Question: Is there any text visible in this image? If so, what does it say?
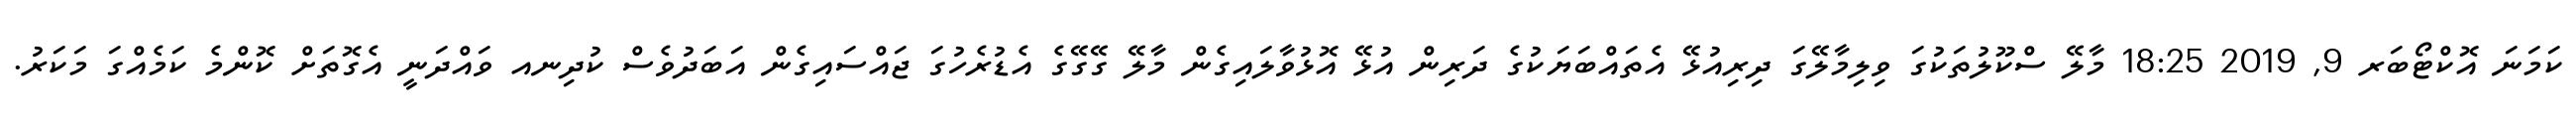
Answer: ކަމަނަ އޮކްޓޯބަރ 9, 2019 18:25 މާލޭ ސްކޫލުތަކުގަ ވިލިމާލޭގަ ދިރިއުޅޭ އެތައްބަޔަކުގެ ދަރިން އުޅޭ އޮޅުވާލައިގެން މާލޭ ގޭގޭގެ އެޑުރެހުގަ ޖައްސައިގެން އަބަދުވެސް ކުދިނއ ވައްދަނީ އެގޮތަށް ކޮންމެ ކަމެއްގަ މަކަރު.